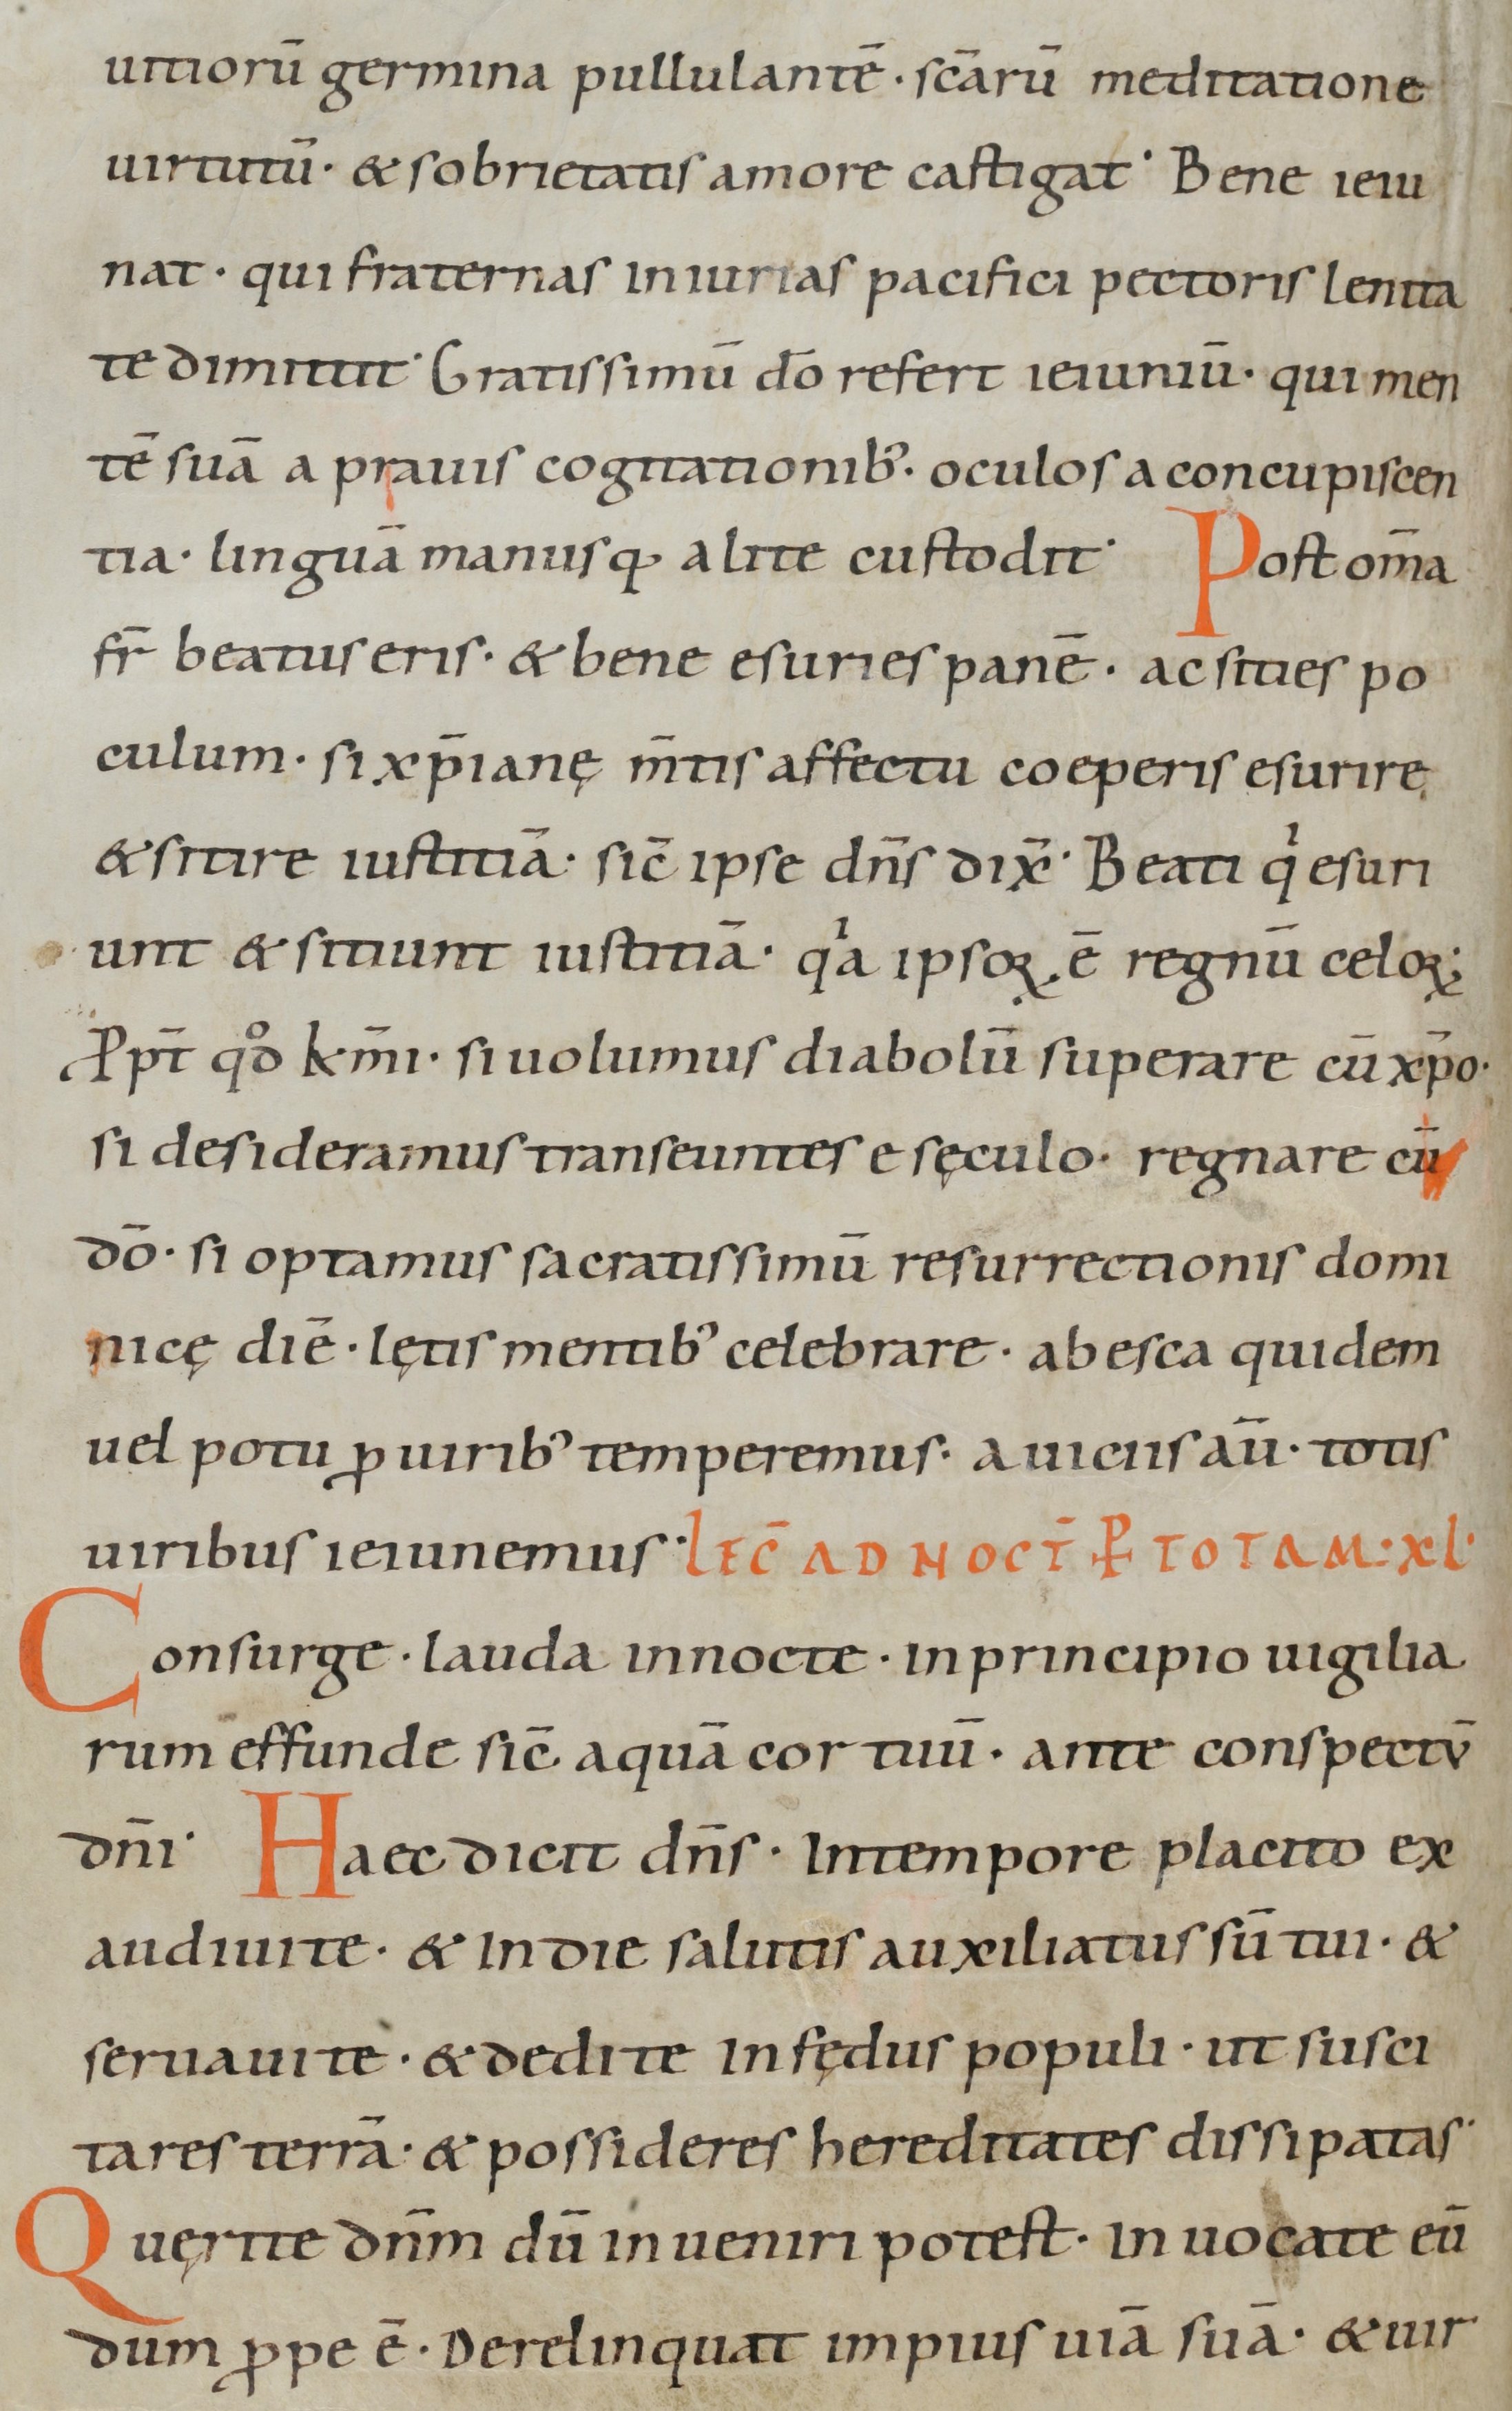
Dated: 1000–1099